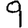
Digit: 9